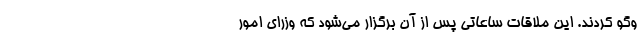
وگو کردند. این ملاقات ساعاتی پس از آن برگزار می‌شود که وزرای امور